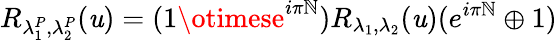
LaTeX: R_{\lambda_{1}^{P},\lambda_{2}^{P}}(\mathit{u})=(1\otimese^{i\pi{\cal\mathbb{N}}})R_{\lambda_{1},\lambda_{2}}(\mathit{u})(e^{i\pi{\cal\mathbb{N}}}\oplus1)